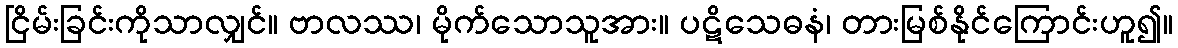
ငြိမ်းခြင်းကိုသာလျှင်။ ဗာလဿ၊ မိုက်သောသူအား။ ပဋိသေဓနံ၊ တားမြစ်နိုင်ကြောင်းဟူ၍။